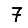
Digit: 7